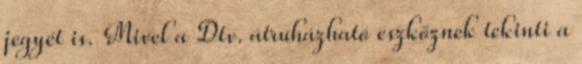
jegyét is. Mivel a Dtv. átruházható eszköznek tekinti a